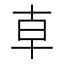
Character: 𠦝